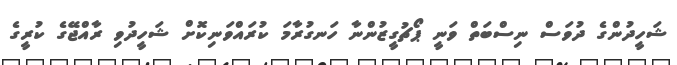
ޝަހީދުންގެ ދުވަސް ނިސްބަތް ވަނީ ޕޯޗުގީޒުންނާ ހަނގުރާމަ ކުރައްވަނިކޮށް ޝަހީދުވި ރާއްޖޭގެ ކުރީގެ